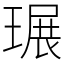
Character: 𤧷